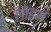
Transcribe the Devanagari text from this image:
लोहभ